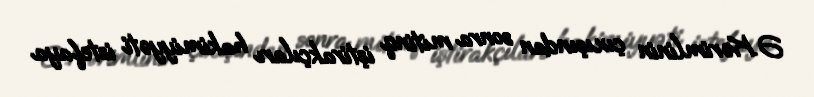
Ə.Kərimlinin çıxışından sonra mitinq iştirakçıları hakimiyyəti istefaya